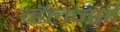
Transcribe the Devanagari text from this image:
व्हॅलन्सी